Burma Government Medical School reports 1923-41
Year: 1923
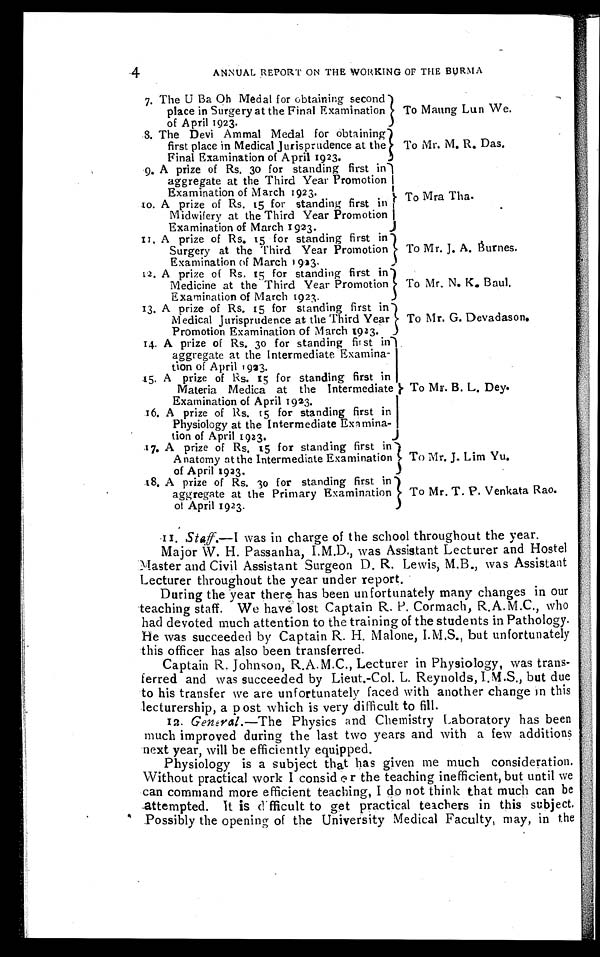
-4
ANNUAL REPORT ON THE WORKING OF THE BURMA
7. The U Ba Oh Medal for obtaining second
place in Surgery at the Final Examination
of April 1923.
To Maung Lun We.
8. The Devi Ammal Medal for obtaining
first place in Medical Jurisprudence at the
Final Examination of April 1923.
To Mr. M. R. Das.
9. A prize of Rs. 30 for standing first in
aggregate at the Third Year Promotion
Examination of March 1923.
10. A prize of Rs. 15 for standing first in
Midwifery at the Third Year Promotion
Examination of March 1923.
To Mra Tha.
11. A prize of Rs. 15 for standing first in
Surgery at the Third Year Promotion
Examination of March 1923.
To Mr. J. A. Burnes.
12. A prize of Rs. 15 for standing first in
Medicine at the Third Year Promotion
Examination of March 1923.
To Mr. N. K. Baul
.
13. A prize of Rs. 15 for standing first in
Medical Jurisprudence at the Third Year
Promotion Examination of March 1923.
To Mr. G. Devadason.
14. A prize of Rs. 30 for standing first in
aggregate at the Intermediate Examina
-tion of April 1923.
15. A prize of Rs. 15 for standing first in
Materia Medica at the Intermediate
Examination of April 1923.
16. A prize of Rs. 15 for standing first in
Physiology at the Intermediate Examina
-tion of April 1923.
To Mr. B. L. De
y.
17. A prize of Rs. 15 for standing first in
Anatomy at the Intermediate Examination
of April 1923.
To Mr. J. Lim Yu.
18. A prize of Rs. 30 for standing first in
aggregate at the Primary Examination
of April 1923.
To Mr. T. P. Venkata Rao.
11 Staff.—I was in charge of the school throughout the year.
Major W. H. Passanha, I.M.D., was Assistant Lecturer and Hostel
Master and Civil Assistant Surgeon D. R. Lewis, M.B., was Assistant
Lecturer throughout the year under report.
During the year there has been unfortunately many changes in our
teaching staff. We have lost Captain R. P. Cormach, R.A.M.C., who
had devoted much attention to the training of the students in Pathology.
He was succeeded by Captain R. H. Malone, I.M,S., but unfortunately
this officer has also been transferred.
Captain R. Johnson, R.A.M.C., Lecturer in Physiology, was trans
-
ferred and was succeeded by Lieut.-Col. L. Reynolds, I.M.S., but due
to his transfer we are unfortunately faced with another change in this
lecturership, a post which is very difficult to fill.
12. General.—The Physics and Chemistry Laboratory has been
much improved during the last two years and with a few additions
next year, will be efficiently equipped.
Physiology is a subject that has given me much consideration.
Without practical work I consider the teaching inefficient, but until we
can command more efficient teaching, I do not think that much can be
.attempted. It is difficult to get practical teachers in this subject.
Possibly the opening of the University Medical Faculty, may, in the